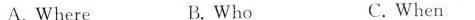
A.Where B.Who C.When